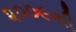
૨૦૦૯થી